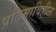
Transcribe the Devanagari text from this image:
प्रतिमाविहीन